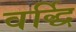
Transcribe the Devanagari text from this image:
वर्द्धि